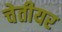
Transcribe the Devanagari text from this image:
चेतीयर